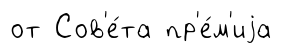
от Сов'е́та пр'е́м'иjа